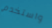
واستخدم